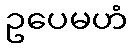
ဥပေမဟံ